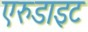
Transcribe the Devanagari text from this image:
एरुडाइट